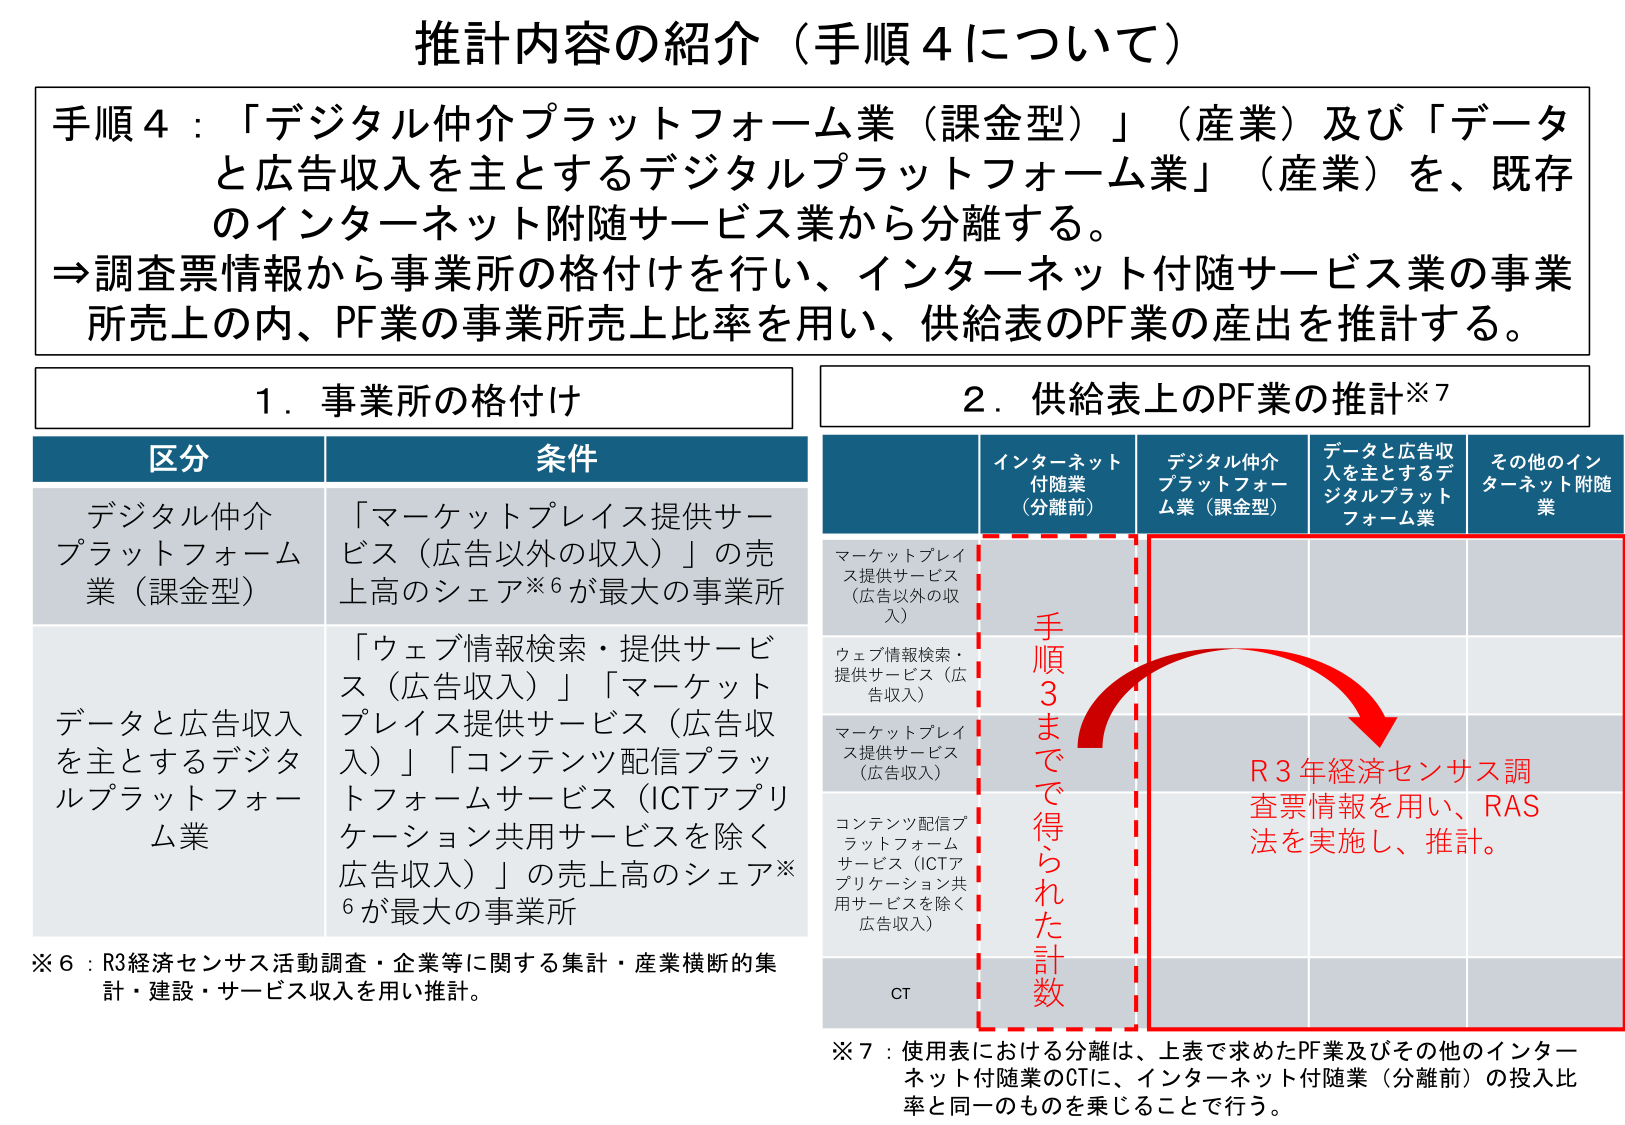
推計内容の紹介（手順４について）

手順４：「デジタル仲介プラットフォーム業（課金型）」（産業）及び「データと広告収入を主とするデジタルプラットフォーム業」（産業）を、既存のインターネット付随サービス業から分離する。
⇒調査票情報から事業所の格付けを行い、インターネット付随サービス業の事業所売上の内、PF業の事業所売上比率を用い、供給表のPF業の産出を推計する。

１．事業所の格付け

区分　　　　　　　　　　　　　条件
デジタル仲介プラットフォーム業（課金型）　「マーケットプレイス提供サービス（広告以外の収入）」の売上高のシェア※６が最大の事業所
データと広告収入を主とするデジタルプラットフォーム業　「ウェブ情報検索・提供サービス（広告収入）」「マーケットプレイス提供サービス（広告収入）」「コンテンツ配信プラットフォームサービス（ICTアプリケーション共用サービスを除く広告収入）」の売上高のシェア※６が最大の事業所

※６：R3経済センサス活動調査・企業等に関する集計・産業横断的集計・建設・サービス収入を用い推計。

２．供給表上のPF業の推計※７

インターネット付随業（分離前）　デジタル仲介プラットフォーム業（課金型）　データと広告収入を主とするデジタルプラットフォーム業　その他のインターネット付随業

マーケットプレイス提供サービス（広告以外の収入）
ウェブ情報検索・提供サービス（広告収入）
マーケットプレイス提供サービス（広告収入）
コンテンツ配信プラットフォームサービス（ICTアプリケーション共用サービスを除く広告収入）
CT

手順３までで得られた計数

R3年経済センサス調査票情報を用い、RAS法を実施し、推計。

※７：使用表における分離は、上表で求めたPF業及びその他のインターネット付随業のCTに、インターネット付随業（分離前）の投入比率と同一のものを乗じることで行う。